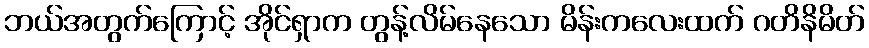
ဘယ်အတွက်ကြောင့် အိုင်ရှာက တွန့်လိမ်နေသော မိန်းကလေးထက် ဂတိနိမိတ်